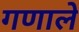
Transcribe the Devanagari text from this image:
गणाले